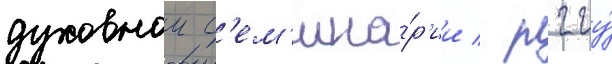
духовнои с'ем'ина́р'ии / рггу́